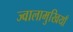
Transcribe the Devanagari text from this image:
ज्वालामुखियाँ